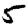
Digit: 5